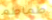
طماطم